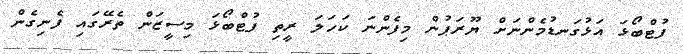
ފުޓްބޯޅަ އަޅުގަނޑުމެންނަށް ޔޫރަޕުން މިފެންނަ ކަހަލަ ރީތި ފުޓްބޯޅަ މިސީޒަން ތެރޭގައި ފެނިގެން